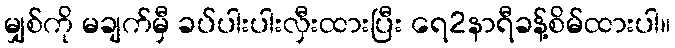
မျှစ်ကို မချက်မှီ ခပ်ပါးပါးလှီးထားပြီး ရေ2နာရီခန့်စိမ်ထားပါ။